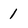
Character: 1